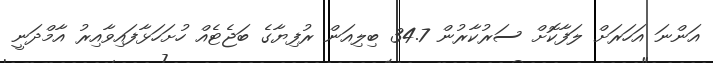
އަންނަ އަހަރަށް ލަފާކޮށް ސަރުކާރުން 34.7 ބިލިއަން ރުފިޔާގެ ބަޖެޓެއް ހުށަހަޅާފައިވާއިރު އާމްދަނީ